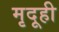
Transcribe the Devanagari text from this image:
मृदूही